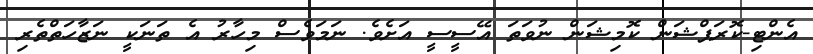
އެންޓި-ކޮރަޕްޝަން ކޮމިޝަން ނުވަތަ އޭސީސީ އަށެވެ. ނަމަވެސް މިހާރު އެ ތަނަކީ ނަޒާހަތްތެރި